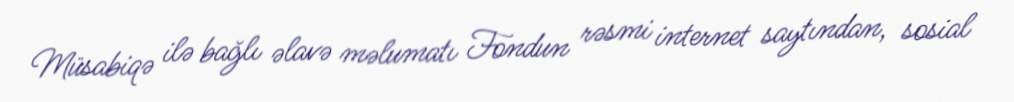
Müsabiqə ilə bağlı əlavə məlumatı Fondun rəsmi internet saytından, sosial